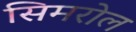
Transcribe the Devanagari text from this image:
सिमरोल